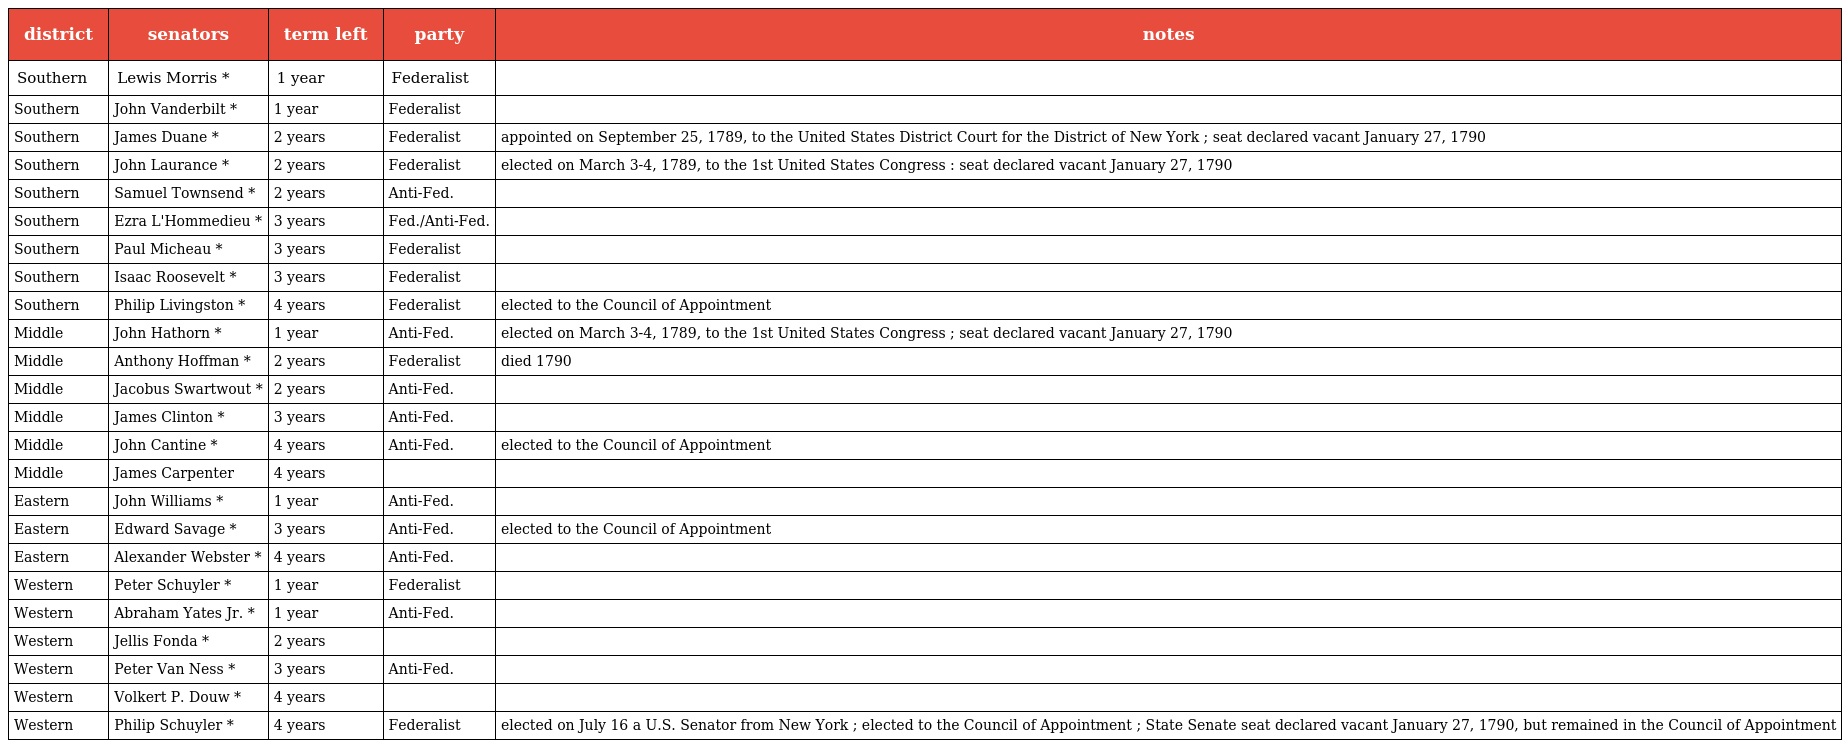
| district | senators | term left | party | notes |
 | --- | --- | --- | --- | --- |
 | Southern | Lewis Morris * | 1 year | Federalist |  |
 | Southern | John Vanderbilt * | 1 year | Federalist |  |
 | Southern | James Duane * | 2 years | Federalist | appointed on September 25, 1789, to the United States District Court for the District of New York ; seat declared vacant January 27, 1790 |
 | Southern | John Laurance * | 2 years | Federalist | elected on March 3-4, 1789, to the 1st United States Congress : seat declared vacant January 27, 1790 |
 | Southern | Samuel Townsend * | 2 years | Anti-Fed. |  |
 | Southern | Ezra L'Hommedieu * | 3 years | Fed./Anti-Fed. |  |
 | Southern | Paul Micheau * | 3 years | Federalist |  |
 | Southern | Isaac Roosevelt * | 3 years | Federalist |  |
 | Southern | Philip Livingston * | 4 years | Federalist | elected to the Council of Appointment |
 | Middle | John Hathorn * | 1 year | Anti-Fed. | elected on March 3-4, 1789, to the 1st United States Congress ; seat declared vacant January 27, 1790 |
 | Middle | Anthony Hoffman * | 2 years | Federalist | died 1790 |
 | Middle | Jacobus Swartwout * | 2 years | Anti-Fed. |  |
 | Middle | James Clinton * | 3 years | Anti-Fed. |  |
 | Middle | John Cantine * | 4 years | Anti-Fed. | elected to the Council of Appointment |
 | Middle | James Carpenter | 4 years |  |  |
 | Eastern | John Williams * | 1 year | Anti-Fed. |  |
 | Eastern | Edward Savage * | 3 years | Anti-Fed. | elected to the Council of Appointment |
 | Eastern | Alexander Webster * | 4 years | Anti-Fed. |  |
 | Western | Peter Schuyler * | 1 year | Federalist |  |
 | Western | Abraham Yates Jr. * | 1 year | Anti-Fed. |  |
 | Western | Jellis Fonda * | 2 years |  |  |
 | Western | Peter Van Ness * | 3 years | Anti-Fed. |  |
 | Western | Volkert P. Douw * | 4 years |  |  |
 | Western | Philip Schuyler * | 4 years | Federalist | elected on July 16 a U.S. Senator from New York ; elected to the Council of Appointment ; State Senate seat declared vacant January 27, 1790, but remained in the Council of Appointment |